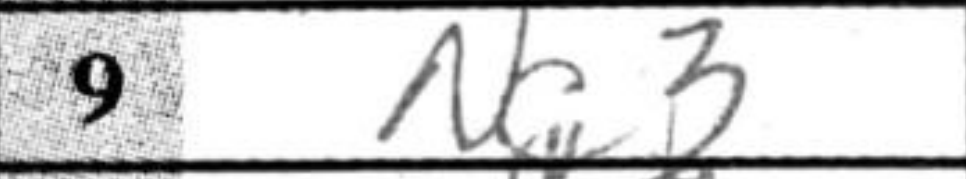
Transcription: Nc3